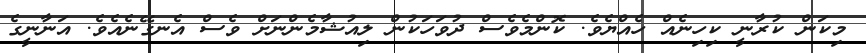
މިކަން ކުރާނީ ކިހިނެއް ހެއްޔެވެ. ކޮންމެވެސް ދުވަހަކުން ލިއުޝާމެންނަށް ވެސް އެނގޭނެއެވެ. އަނާނީގެ